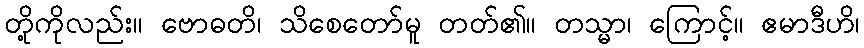
တို့ကိုလည်း။ ဗောဓတိ၊ သိစေတော်မူ တတ်၏။ တသ္မာ၊ ကြောင့်။ ဧမာဒီဟိ၊